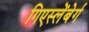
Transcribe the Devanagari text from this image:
गिएस्लेंबेर्ग